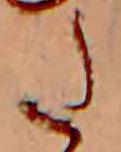
た